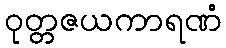
ဝုတ္တဇယကာရဏံ